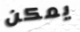
يمكن